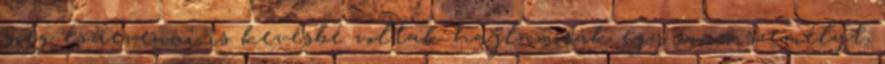
még észrevenni is kevésbé voltak hajlamosak egy vonzó személyt,